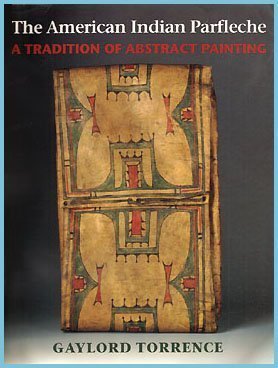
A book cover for The American Indian Parfleche: A Tradition of Abstract Painting; Gaylord Torrence; Crafts, Hobbies & Home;